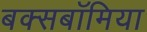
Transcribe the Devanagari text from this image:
बक्सबॉमिया